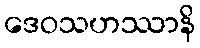
ဒေဝသဟဿာနိ